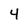
Character: 4